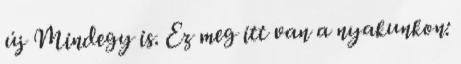
új Mindegy is. Ez meg itt van a nyakunkon: